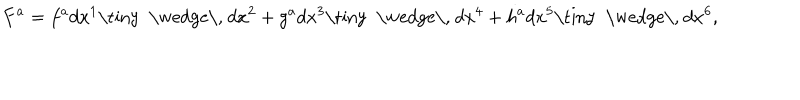
F ^ { a } = f ^ { a } d x ^ { 1 } \mathrm { \tiny ~ \wedge \, ~ } d x ^ { 2 } + g ^ { a } d x ^ { 3 } \mathrm { \tiny ~ \wedge \, ~ } d x ^ { 4 } + h ^ { a } d x ^ { 5 } \mathrm { \tiny ~ \wedge \, ~ } d x ^ { 6 } ,